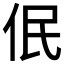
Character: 𪜳